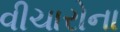
વીચારોના